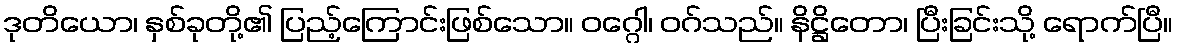
ဒုတိယော၊ နှစ်ခုတို့၏ ပြည့်ကြောင်းဖြစ်သော။ ဝဂ္ဂေါ၊ ဝဂ်သည်။ နိဋ္ဌိတော၊ ပြီးခြင်းသို့ ရောက်ပြီ။